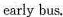
early bus.